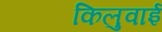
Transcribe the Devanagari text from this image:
किलुवाई